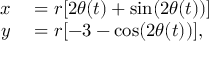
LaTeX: \begin{array} { r l } { x } & { { } = r [ 2 \theta ( t ) + \sin ( 2 \theta ( t ) ) ] } \\ { y } & { { } = r [ - 3 - \cos ( 2 \theta ( t ) ) ] , } \end{array}